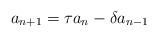
LaTeX: \begin{align*}a_{n+1} = \tau a_n - \delta a_{n-1}\end{align*}